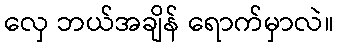
လှေ ဘယ်အချိန် ရောက်မှာလဲ။